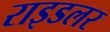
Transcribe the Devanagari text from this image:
राइडलर